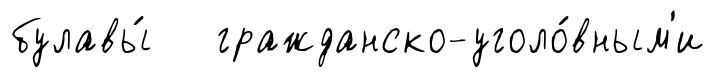
булавы́ гражданско-уголо́вным'и